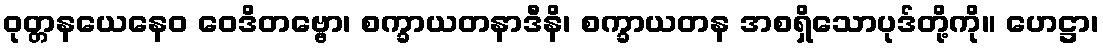
ဝုတ္တနယေနေဝ ဝေဒိတဗ္ဗော၊ စက္ခာယတနာဒီနိ၊ စက္ခာယတန အစရှိသောပုဒ်တို့ကို။ ဟေဋ္ဌာ၊